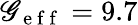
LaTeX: \mathscr{G}_{\mathrm{{~e~f~f~}}}=9.7